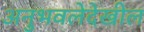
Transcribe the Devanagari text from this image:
अनुभवलेदेखील